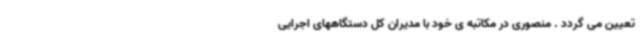
تعیین می گردد . منصوری در مکاتبه ی خود با مدیران کل دستگاههای اجرایی